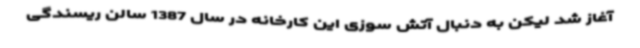
آغاز شد لیکن به دنبال آتش سوزی این کارخانه در سال 1387 سالن ریسندگی